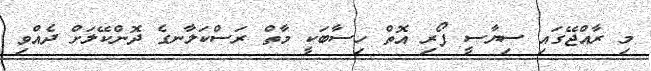
މި ރާއްޖޭގައި ސިޔާސީ ފޯރި އޮތް ހިސާބަކީ މާތް ރަސްކަލާނގެ ދޮންކޭލަށް ދެއްވި